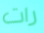
رات